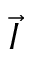
\vec { I }